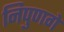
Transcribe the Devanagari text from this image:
निपुणगे